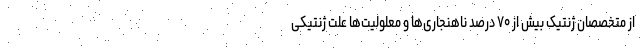
از متخصصان ژنتیک بیش از ۷۰ درصد ناهنجاری‌ها و معلولیت‌ها علت ژنتیکی